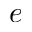
e